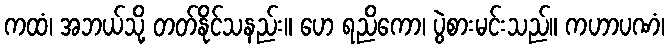
ကထံ၊ အဘယ်သို့ တတ်နိုင်သနည်း။ ဟေ ရညိကော၊ ပွဲစားမင်းသည်။ ကဟာပဏံ၊